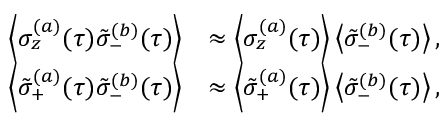
\begin{array} { r l } { \left\langle \sigma _ { z } ^ { ( a ) } ( \tau ) \tilde { \sigma } _ { - } ^ { ( b ) } ( \tau ) \right\rangle } & { \approx \left\langle \sigma _ { z } ^ { ( a ) } ( \tau ) \right\rangle \left\langle \tilde { \sigma } _ { - } ^ { ( b ) } ( \tau ) \right\rangle , } \\ { \left\langle \tilde { \sigma } _ { + } ^ { ( a ) } ( \tau ) \tilde { \sigma } _ { - } ^ { ( b ) } ( \tau ) \right\rangle } & { \approx \left\langle \tilde { \sigma } _ { + } ^ { ( a ) } ( \tau ) \right\rangle \left\langle \tilde { \sigma } _ { - } ^ { ( b ) } ( \tau ) \right\rangle , } \end{array}